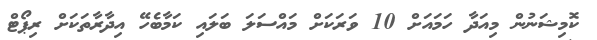
ކޮމިޝަނުން މިއަދާ ހަމައަށް 10 ވަރަކަށް މައްސަލަ ބަލައި ކަމާބެހޭ އިދާރާތަކަށް ރިޕޯޓް